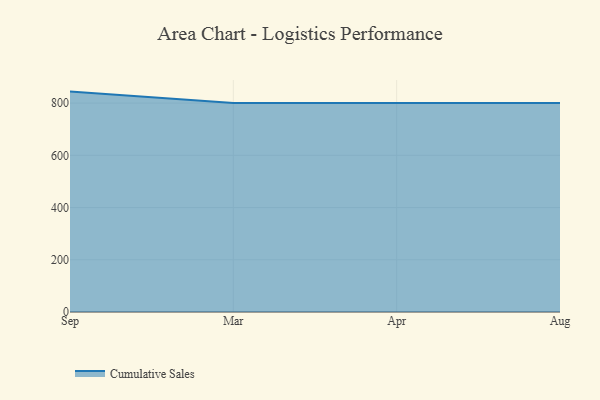
{"axis": {"x": "Month", "y": "Operating Costs (USD K)"}, "legend": ["Cumulative Sales"], "data": [{"x": "Sep", "y": 844.1, "type": "Cumulative Sales"}, {"x": "Mar", "y": 800, "type": "Cumulative Sales"}, {"x": "Apr", "y": 800, "type": "Cumulative Sales"}, {"x": "Aug", "y": 800, "type": "Cumulative Sales"}]}